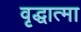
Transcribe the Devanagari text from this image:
वृद्धात्मा